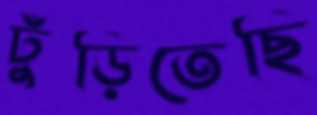
ঢুঁড়িতেছি